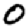
Digit: 0